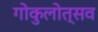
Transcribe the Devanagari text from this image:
गोकुलोत्सव